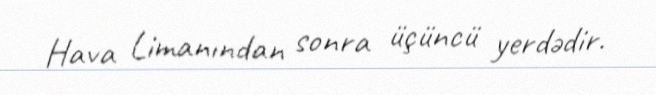
Hava Limanından sonra üçüncü yerdədir.